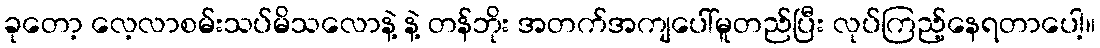
ခုတော့ လေ့လာစမ်းသပ်မိသလောနဲ့ နဲ့ တန်ဘိုး အတက်အကျပေါ်မူတည်ပြီး လုပ်ကြည့်နေရတာပေါ့။